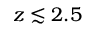
z \lesssim 2 . 5